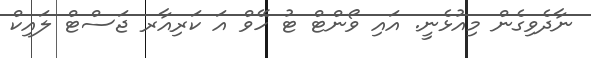
ނާދެވިގެން މިއުޅެނީ. އައި ވޯންޓް ޓު ހޭވް އަ ކަރިއާރ ޖަސްޓް ލައިކް